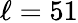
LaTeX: \ell=51